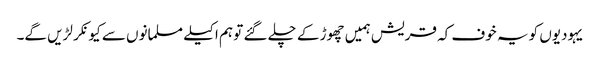
یہودیوں کو یہ خوف کہ قریش ہمیں چھوڑ کے چلے گئے تو ہم اکیلے مسلمانوں سے کیونکر لڑیں گے۔